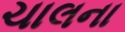
ચાલના